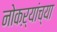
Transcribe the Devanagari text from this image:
नोकऱ्यांच्या